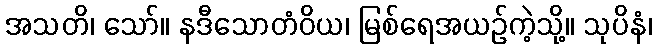
အသတိ၊ သော်။ နဒီသောတံဝိယ၊ မြစ်ရေအယဉ်ကဲ့သို့။ သုပိနံ၊